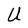
Character: U